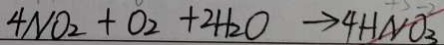
4 N O _ { 2 } + O _ { 2 } + 2 H _ { 2 } O \rightarrow 4 H N O _ { 3 }